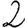
Digit: 2